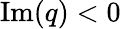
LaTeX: {\mathrm{Im}}(q)<0